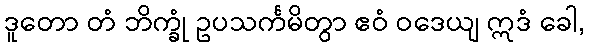
ဒူတော တံ ဘိက္ခုံ ဥပသင်္ကမိတွာ ဧဝံ ဝဒေယျ ဣဒံ ခေါ,